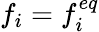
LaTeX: f_{i}=f_{i}^{eq}